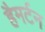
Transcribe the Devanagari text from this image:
हैमर्टन